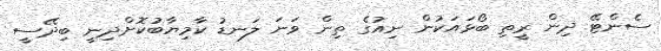
ސެންޓޭ ދިން ރީތި ބޯޅައަކުން ނިއުގެ ތިން ވަނަ ލަނޑު ކާމިޔާބުކޮށްދިނީ ބިދޭސީ